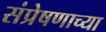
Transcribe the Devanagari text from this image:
संप्रेषणाच्या